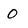
Character: 0